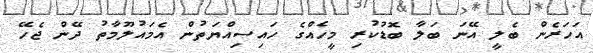
އަހަރެން ބެލީ އޭނަ ބަލާ ބޮޑުކުރި މީހެއްގެ ހައިސިއްޔަތުން އެމައުލޫމާތު ދޭން ޖެހޭ